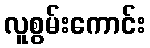
လူစွမ်းကောင်း